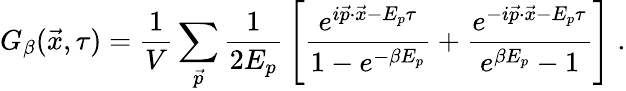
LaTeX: G_{\beta}(\vec{x},\tau)={\frac{1}{V}}\sum_{\vec{p}}{\frac{1}{2E_{p}}}\left[{\frac{e^{i\vec{p}\cdot\vec{x}-E_{p}\tau}}{1-e^{-\beta E_{p}}}}+{\frac{e^{-i\vec{p}\cdot\vec{x}-E_{p}\tau}}{e^{\beta E_{p}}-1}}\right]\; .